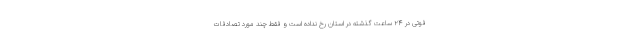
فوتی در ۲۴ ساعت گذشته در استان رخ نداده است و فقط چند مورد تصادفات